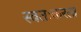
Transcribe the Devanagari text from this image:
स्वतःकरता